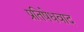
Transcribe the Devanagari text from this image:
प्रतिषेधवाद